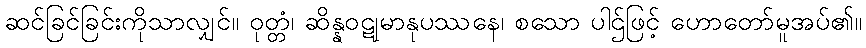
ဆင်ခြင်ခြင်းကိုသာလျှင်။ ဝုတ္တံ၊ ဆိန္နဝဋုမာနုပဿနေ၊ စသော ပါဌ်ဖြင့် ဟောတော်မူအပ်၏။